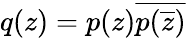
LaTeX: q(z)=p(z){\overline{{p({\overline{{z}}})}}}